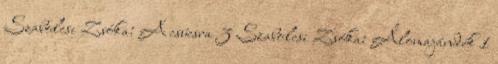
Szabolcsi Zsóka: A csúcsra 3 Szabolcsi Zsóka: Álomajándék 1